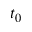
t _ { 0 }